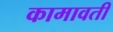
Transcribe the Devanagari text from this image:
कामावती